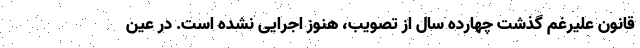
قانون علیرغم گذشت چهارده سال از تصویب، هنوز اجرایی نشده است. در عین